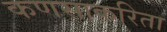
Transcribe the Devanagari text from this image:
कणसाकरिता